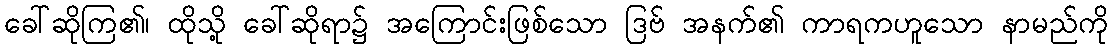
ခေါ်ဆိုကြ၏၊ ထိုသို့ ခေါ်ဆိုရာ၌ အကြောင်းဖြစ်သော ဒြဗ် အနက်၏ ကာရကဟူသော နာမည်ကို